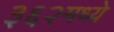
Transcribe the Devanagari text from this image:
३६२मध्ये